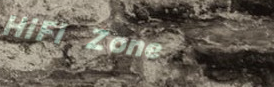
HiFi Zone